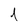
Character: 1